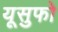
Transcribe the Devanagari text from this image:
यूसुफो